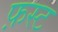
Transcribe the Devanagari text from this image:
फ़स्ट